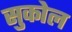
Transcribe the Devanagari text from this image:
सुकोल